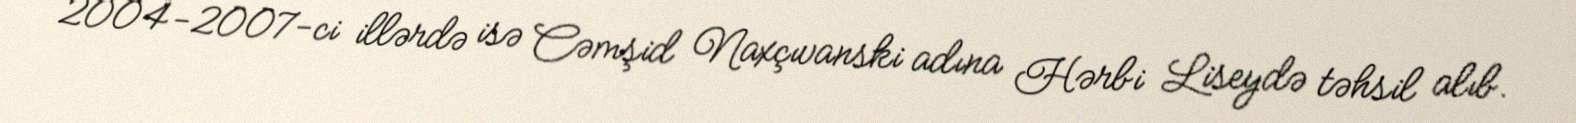
2004-2007-ci illərdə isə Cəmşid Naxçıvanski adına Hərbi Liseydə təhsil alıb.